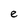
Character: e